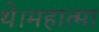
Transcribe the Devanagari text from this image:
थे।महात्मा